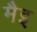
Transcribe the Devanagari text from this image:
मैइ